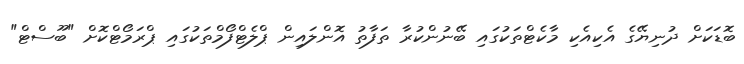
ބޮޑަކަށް ދުނިޔޭގެ އެކިއެކި މާކެޓްތަކުގައި ބޭނުންކުރާ ތަފާތު އޮންލައިން ޕްލެޓްފޯމްތަކުގައި ޕްރަމޯޓްކޮށް "ބޫސްޓް"